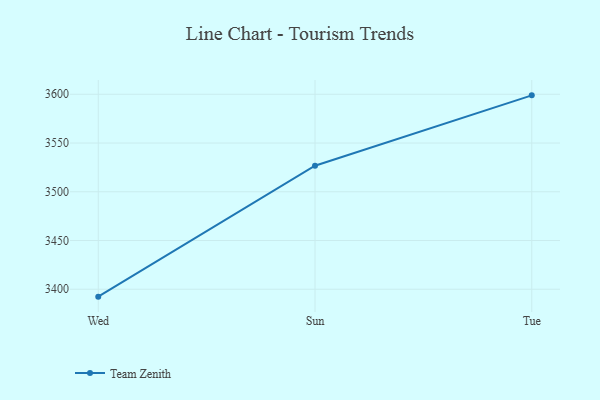
{"axis": {"x": "Day", "y": "Headcount"}, "legend": ["Team Zenith"], "data": [{"x": "Wed", "y": 3392.4, "type": "Team Zenith"}, {"x": "Sun", "y": 3526.7, "type": "Team Zenith"}, {"x": "Tue", "y": 3598.9, "type": "Team Zenith"}]}